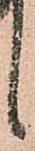
候